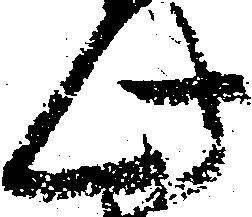
此